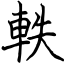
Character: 軼